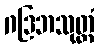
ဂဒြဘသုတ္တံ